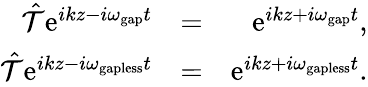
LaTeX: \begin{array}{rlr}{\hat{\mathcal T}\mathrm{e}^{ikz-i\omega_{\mathrm{gap}}t}}&{=}&{\mathrm{e}^{ikz+i\omega_{\mathrm{gap}}t},}\\ {\hat{\mathcal T}\mathrm{e}^{ikz-i\omega_{\mathrm{gapless}}t}}&{=}&{\mathrm{e}^{ikz+i\omega_{\mathrm{gapless}}t}.}\end{array}